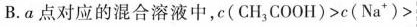
B. a 点对应的混合溶液中，$$c ( C H _ { 3 } C O O H ) > c ( N a ^ { + } ) >